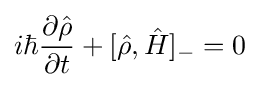
i\hbar {\frac {\partial {\hat {\rho }}}{\partial t}}+[{\hat {\rho }},{\hat {H}}]_{-}=0